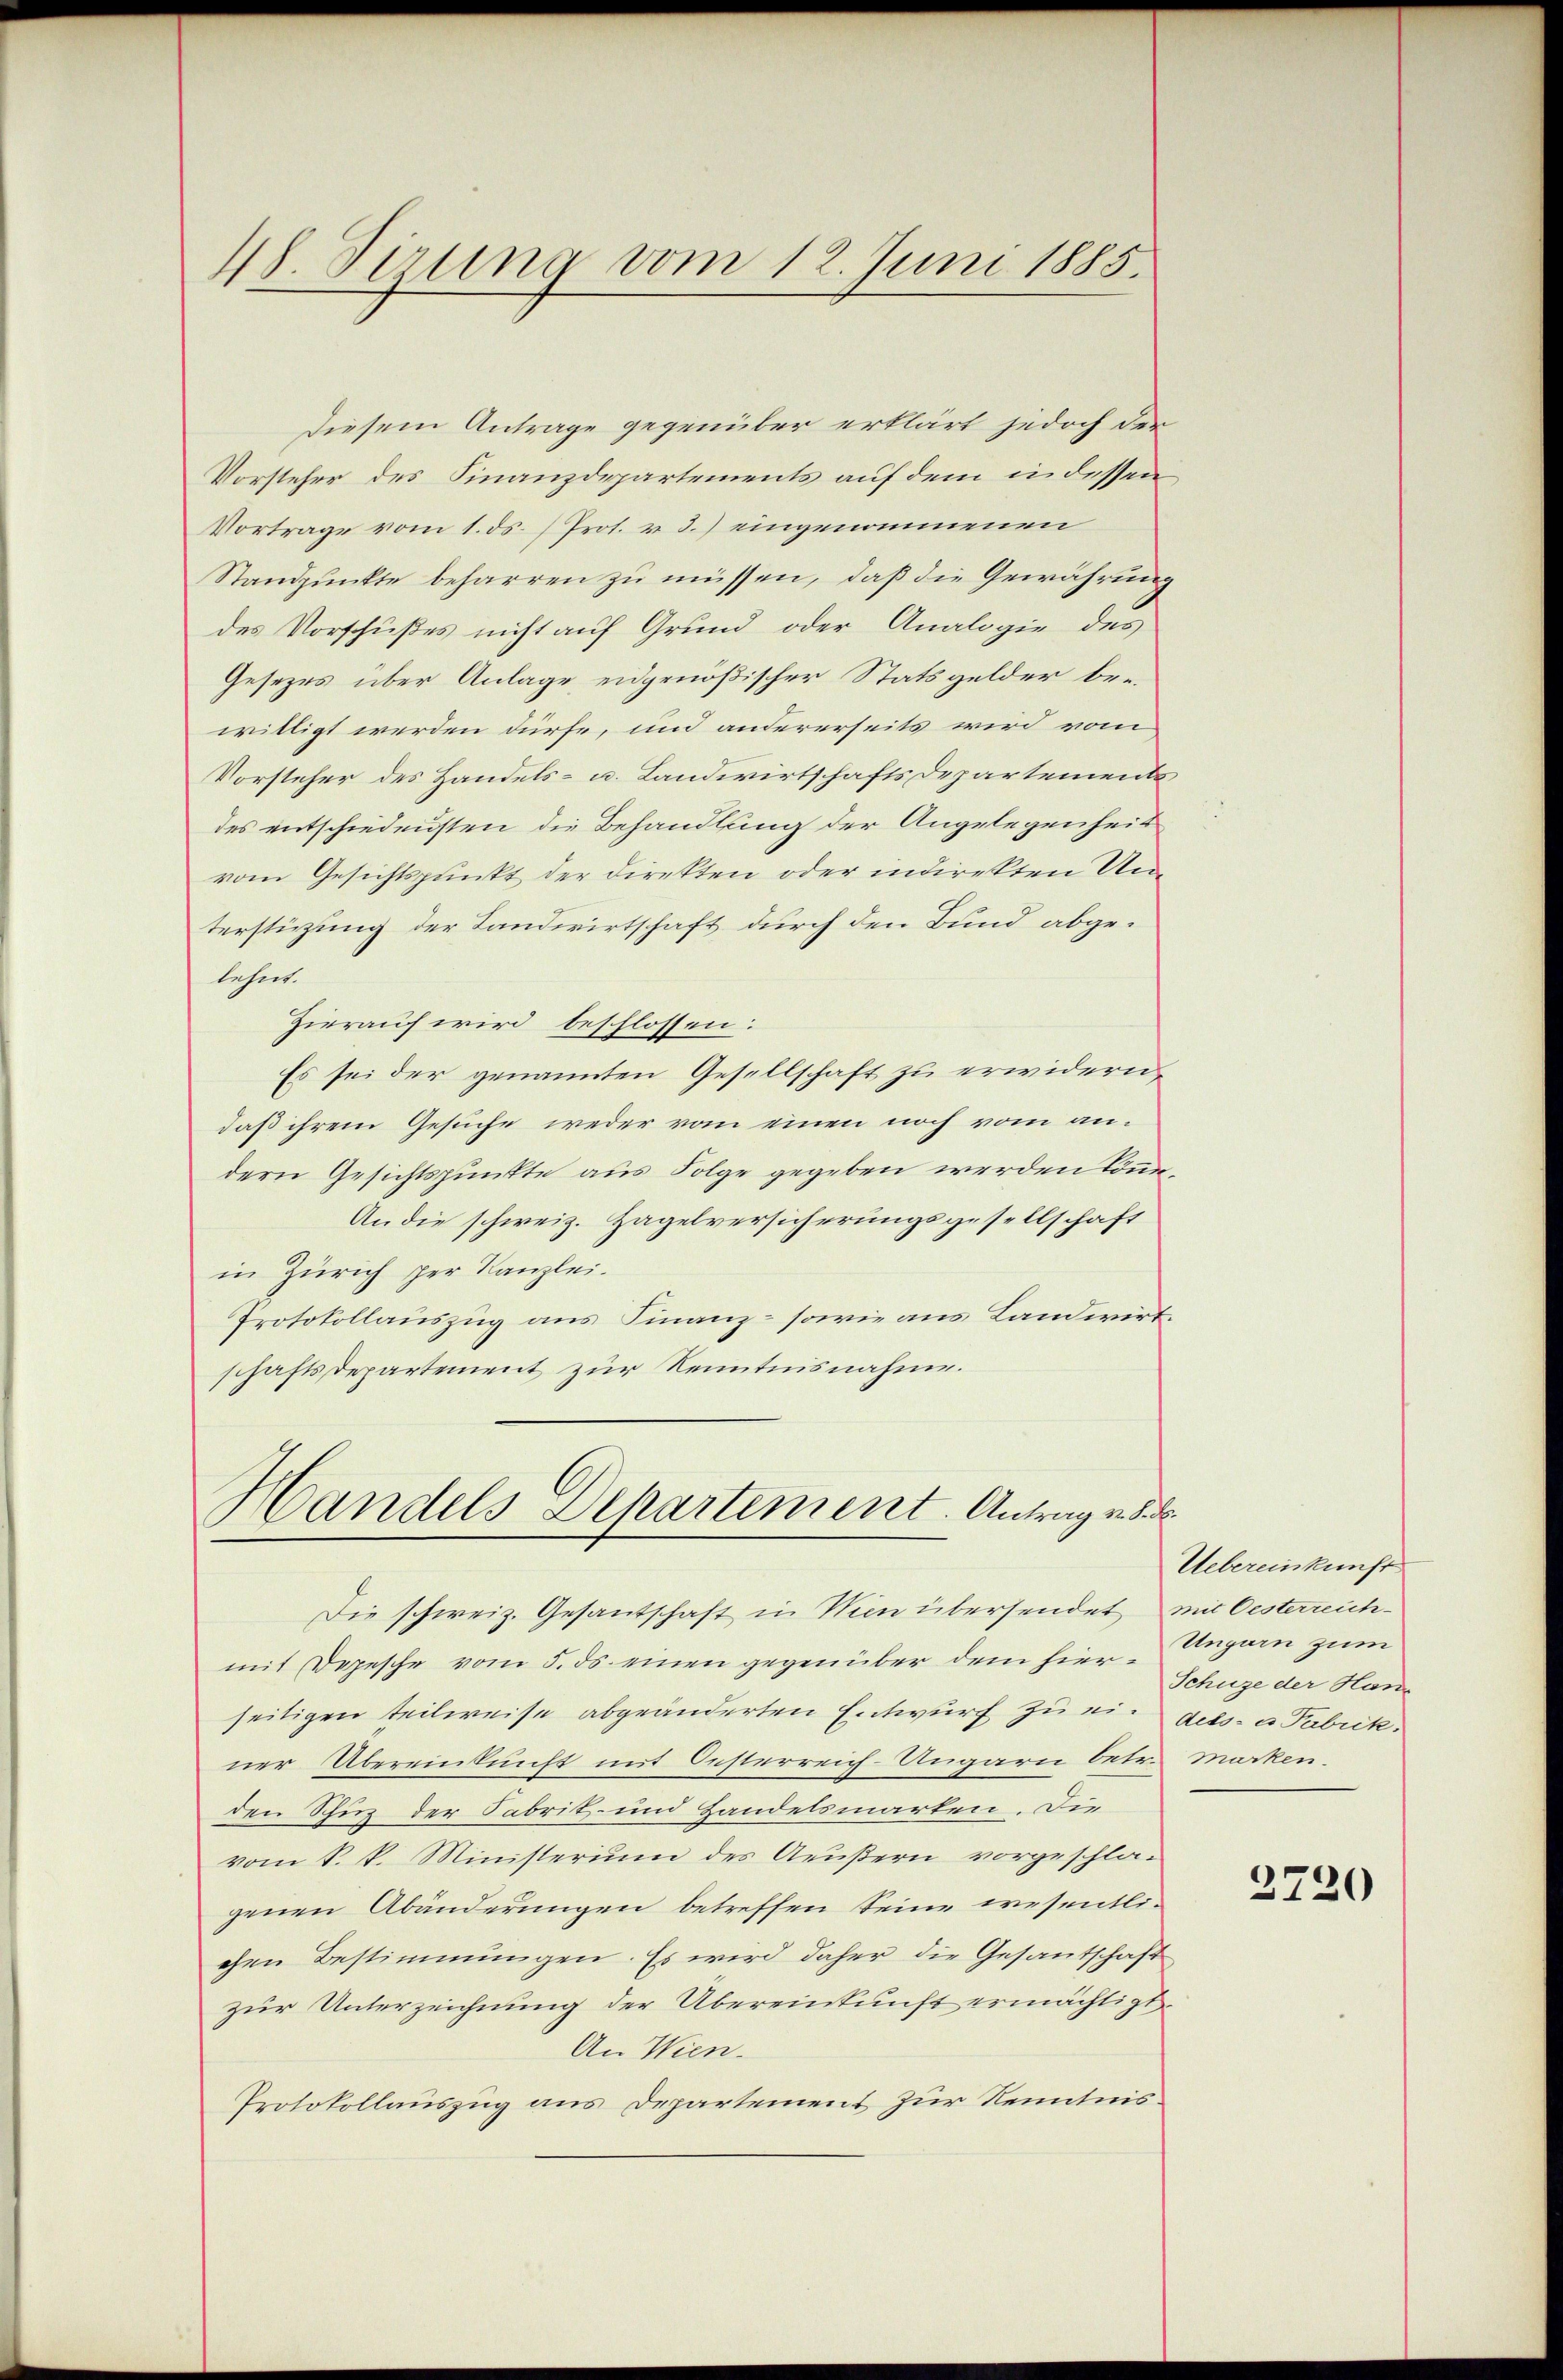
48. Sizung vom 12. Juni 1885.

diesem Antrage gegenüber erklärt jedoch der
Vorsteher des Finanzdepartements auf dem indessen
Vortrage vom 1. ds. (Prot. u 3.) eingenommenen
Standpunkte beharren zu müssen, daß die Gewährung
des Vorschußes nicht auf Grund oder Analogie des
Gesezes über Anlage eidgenößischer Statsgelder bewilligt werden dürfe, und andererseits wird vom
Vorsteher des Handels- u. Landwirtschafts Departements
des entschiedensten die Behandlung der Angelegenheit
vom Gesichtspunkt der Direkten oder indirekten Unterstüzung der Landwirtschaft, durch den Bund abgelehnt.
Hierauf wird beschlossen:
Es sei der genannten Gesellschaft zu erwidern,
daß ihrem Gesuche weder vom einen noch vom andern Gesichtspunkte aus Folge gegeben werden Con¬
An die schweiz. Hagelversicherungsgesellschaft
in Zürich per Kanzlei.
Protokollauszug aus Finanz- sowie aus Landwirt.
schaftsdepartement zur Kenntnisnahme.

Handels Departement. Antrag v. 8. d.

Die schweiz. Gesantschaft in Wien übersendet mit Oesterreichmit Depesche vom 5. ds. einen gegenüber dem hierseitigen teilweise abgeänderten Entwurf zu eindels- u. Fabrik.
ner Übereinkunft mit Oesterreich-Ungarn betr. marken.
den Schinz der Sabrit- und Handelsmarken. Die
vom k. k. Ministerium des Aeußern vorgeschla-
genen Abänderungen betreffen seine wesentlichen Bestimmungen. Es wird daher die Gesantschaft
zur Unterzeichnung der Übereinkunft ermächtigt.
An Wien.
Protokollauszug aus Departement zur Kenntnis¬

Uebereinkunft
Ungarn zum
Schuze der Han

2720